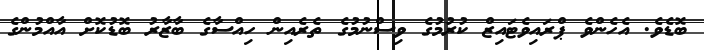
ބޮޑެވެ. އެހެންވެ ޕްރައިވެޓައިޒް ކުރުމުގެ ވިސްނުމުގެ ތެރެއިން ހިއްސާގެ ބާޒާރު ބޮޑުކޮށް އާއްމުންގެ